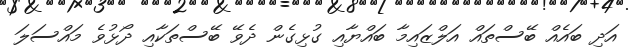
އަދި ބައެއް ބޭސްތައް އަލްޒައިމާ ބައްޔާއި ގުޅިގެން ދެވޭ ބޭސްތަކާއި ދޯޅުވެ މައްސަލަ